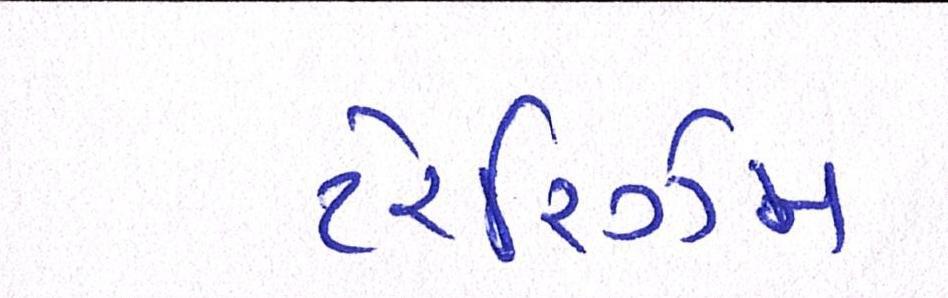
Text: ટેરરિઝમ